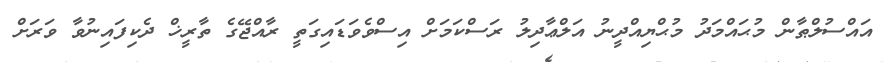
އައްސުލްޠާން މުޙައްމަދު މުޙްޔިއްދީނު އަލްޢާދިލު ރަސްކަމަށް އިސްވެވަޑައިގަތީ ރާއްޖޭގެ ތާރީޚް ދެކިފައިނުވާ ވަރަށް